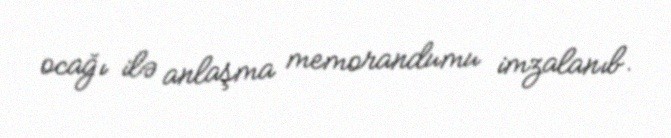
ocağı ilə anlaşma memorandumu imzalanıb.